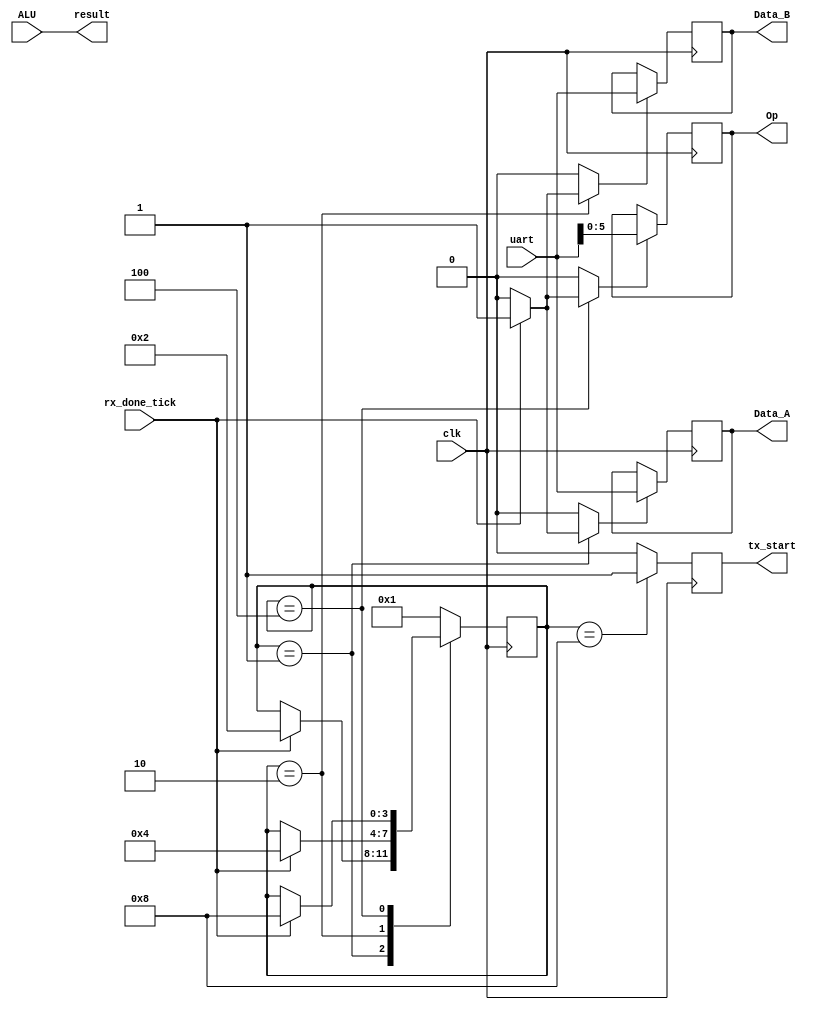
`timescale 10ns / 1ps
//////////////////////////////////////////////////////////////////////////////////
// Company: 
// Engineer: 
// 
// Create Date: 
// Design Name: 
// Module Name: Intf
// Project Name: 
// Target Devices: 
// Tool Versions: 
// Description: 
// 
// Dependencies: 
// 
// Revision:
// Revision 0.01 - File Created
// Additional Comments:
// 
//////////////////////////////////////////////////////////////////////////////////

module Intf
#(
    parameter N_BITS = 8,
    parameter N_OPS = 6,
    parameter N_INPUTS = 3
)
(
    output wire [N_BITS - 1 : 0] Data_A,
    output wire [N_BITS - 1 : 0] Data_B,
    output wire [N_OPS - 1 : 0] Op,
    output wire [N_BITS - 1 : 0] result,
    output wire tx_start,
    input wire clk,
    input wire  [N_BITS - 1 : 0] uart,
    input wire [N_BITS - 1 : 0] ALU,
    input wire rx_done_tick
    );
  

    localparam N_STATES = 4;
    localparam [N_STATES - 1 : 0] FIRST_DATA = 4'b0001;
    localparam [N_STATES - 1 : 0] SECOND_DATA = 4'b0010;
    localparam [N_STATES - 1 : 0] OPERATION = 4'b0100;
    localparam [N_STATES - 1 : 0] SEND = 4'b1000;

    reg [N_STATES - 1 : 0] state_alu;
    reg [N_STATES - 1 : 0] state_alu_next;
    reg [N_BITS - 1 : 0] first_data;
    reg [N_BITS - 1 : 0] second_data;    
    reg [N_OPS - 1 : 0] operation;

    reg first_flag;
    reg second_flag;
    reg op_flag;

    reg tx_result;
    reg tx_start_aux;
    reg tx_start_next;
         
    always @(posedge clk) begin
        state_alu =  state_alu_next;
    end

    always @(posedge clk) begin
        if(first_flag)
            first_data = uart;
    end

    always @(posedge clk) begin
       if(second_flag)
          second_data = uart;
    end

    always @(posedge clk) begin
        if(op_flag) 
            operation = uart[N_OPS - 1 : 0];  
    end

    always @(posedge clk) begin
        tx_start_aux = tx_start_next;
    end

    always @(*) begin
        state_alu_next = state_alu;
        first_flag = 0;
        second_flag = 0;
        op_flag = 0;
        tx_start_next = 0;

        case (state_alu)
            FIRST_DATA: begin
                if(rx_done_tick) begin
                    state_alu_next = SECOND_DATA;
                    first_flag = 1;
                end
            end
            SECOND_DATA: begin
                if(rx_done_tick) begin
                    state_alu_next = OPERATION;
                    second_flag = 1;
                end
            end
            OPERATION: begin
                if(rx_done_tick) begin
                    state_alu_next = SEND;
                    op_flag = 1;
                end
            end
            SEND: begin
                state_alu_next = FIRST_DATA;
                tx_start_next = 1;
            end
            default: begin
                state_alu_next = FIRST_DATA;
            end
        endcase
    end
       
    assign Data_A = first_data;
    assign Data_B = second_data;
    assign Op = operation;
    assign tx_start = tx_start_aux;
    assign result = ALU;

endmodule